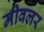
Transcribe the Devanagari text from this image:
मीवलर